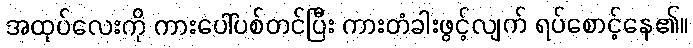
အထုပ်လေးကို ကားပေါ်ပစ်တင်ပြီး ကားတံခါးဖွင့်လျက် ရပ်စောင့်နေ၏။